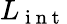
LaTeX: L_{\mathrm{~i~n~t~}}